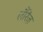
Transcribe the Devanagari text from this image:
लौरेंज़